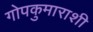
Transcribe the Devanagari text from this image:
गोपकुमाराशी